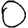
Digit: 0